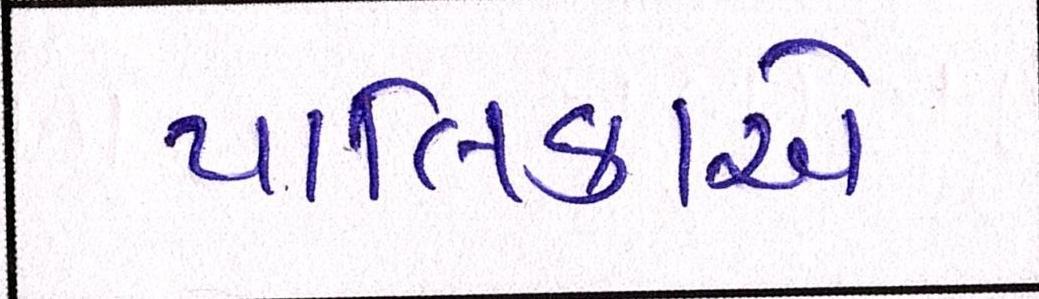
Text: પાલિકાએ